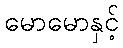
မောမောနှင့်